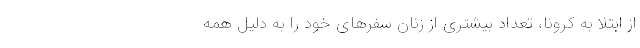
از ابتلا به کرونا، تعداد بیشتری از زنان سفرهای خود را به دلیل همه